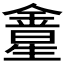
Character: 𨩛